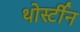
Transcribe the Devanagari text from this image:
थोर्स्टीन